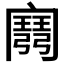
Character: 𢐭